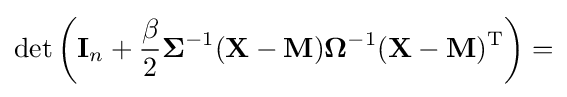
\det \left(\mathbf {I} _{n}+{\frac {\beta }{2}}{\boldsymbol {\Sigma }}^{-1}(\mathbf {X} -\mathbf {M} ){\boldsymbol {\Omega }}^{-1}(\mathbf {X} -\mathbf {M} )^{\rm {T}}\right)=